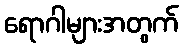
ရောဂါများအတွက်